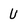
Character: U